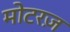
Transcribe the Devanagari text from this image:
मोटरज़